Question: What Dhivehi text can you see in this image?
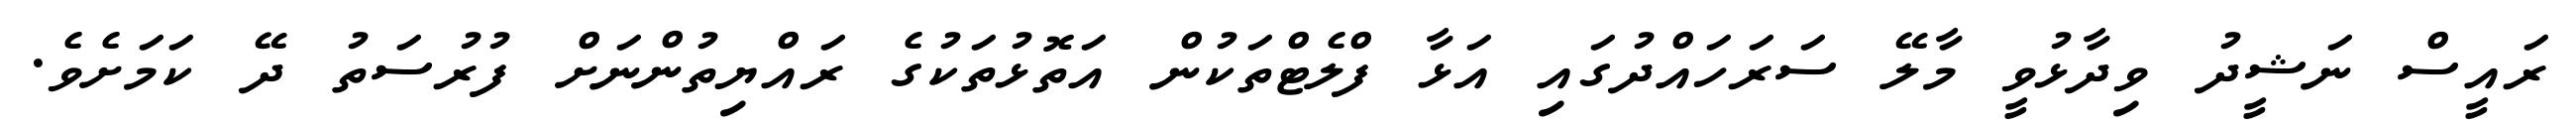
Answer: ރައީސް ނަޝީދު ވިދާޅުވީ މާލޭ ސަރަހައްދުގައި އަޅާ ފްލެޓްތަކުން އަތޮޅުތަކުގެ ރައްޔިތުންނަށް ފުރުސަތު ދޭ ކަމަށެވެ.